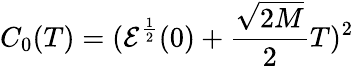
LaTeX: C_{0}(T)=(\mathcal{E}^{\frac{1}{2}}(0)+\frac{\sqrt{2M}}{2}T)^{2}